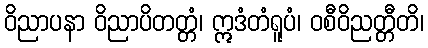
ဝိညာပနာ ဝိညာပိတတ္တံ၊ ဣဒံတံရူပံ၊ ဝစီဝိညတ္တီတိ၊